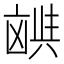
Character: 𫥪